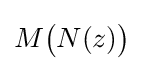
M{\big (}N(z){\big )}